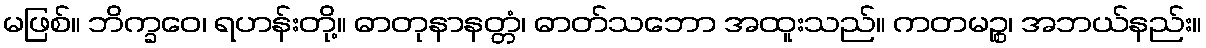
မဖြစ်။ ဘိက္ခဝေ၊ ရဟန်းတို့။ ဓာတုနာနတ္တံ၊ ဓာတ်သဘော အထူးသည်။ ကတမဉ္စ၊ အဘယ်နည်း။